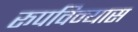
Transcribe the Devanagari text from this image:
रूपविन्यास